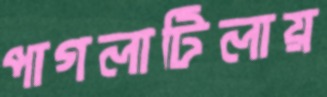
পাগলাটিলায়